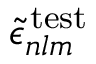
\widetilde { \epsilon } _ { n l m } ^ { \mathrm { \, t e s t } }